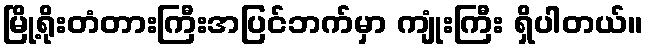
မြို့ရိုးတံတားကြီးအပြင်ဘက်မှာ ကျုံးကြီး ရှိပါတယ်။